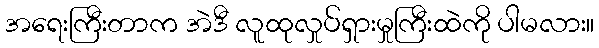
အရေးကြီးတာက အဲဒီ လူထုလှုပ်ရှားမှုကြီးထဲကို ပါမလား။